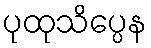
ပုထုသိပ္ပေန